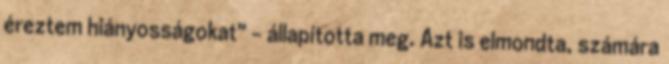
éreztem hiányosságokat" - állapította meg. Azt is elmondta, számára